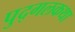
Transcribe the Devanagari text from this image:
पुद्गलकथा